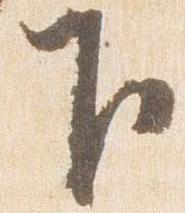
下